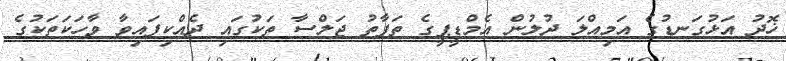
ޚޮދު އަޅުގަނޑުގެ އަމިއްލަ ދުލުން އެމްޑީޕީގެ ތަފާތު ޖަލްސާ ތަކުގައި ދެއްކިފައިވާ ވާހަކަތަކުގެ